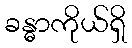
ခန္ဓာကိုယ်ရှိ